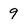
Character: 9